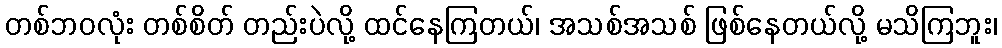
တစ်ဘဝလုံး တစ်စိတ် တည်းပဲလို့ ထင်နေကြတယ်၊ အသစ်အသစ် ဖြစ်နေတယ်လို့ မသိကြဘူး၊